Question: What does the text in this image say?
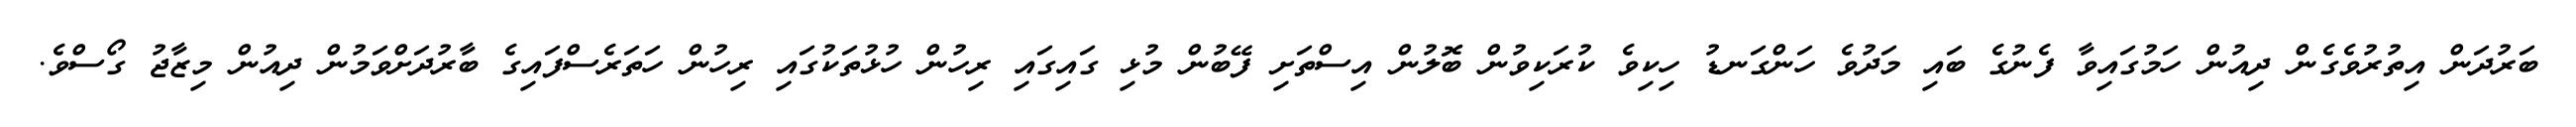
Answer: ބަރުދަން އިތުރުވެގެން ދިއުން ހަމުގައިވާ ފެނުގެ ބައި މަދުވެ ހަންގަނޑު ހިކިވެ ކުރަކިވުން ބޮލުން އިސްތަށި ފޭބުން މުޅި ގައިގައި ރިހުން ހުޅުތަކުގައި ރިހުން ހަތަރެސްފައިގެ ބާރުދަށްވަމުން ދިއުން މިޒާޖު ގޯސްވެ.